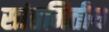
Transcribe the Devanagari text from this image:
सांतमितीय